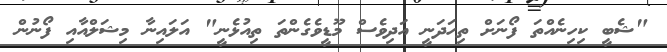
"ޝެބީ ކިހިނެއްތަ ފޯނަށް ތިހަދަނީ އަދިވެސް މޫޑީވެގެންތަ ތިއުޅެނީ" އަލައިނާ މިޝަލްއާއި ފޯނުން